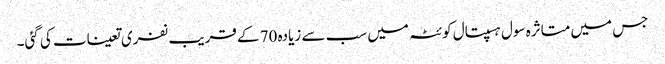
جس میں متاثرہ سول ہسپتال کوئٹہ میں سب سے زیادہ 70 کے قریب نفری تعینات کی گئی۔